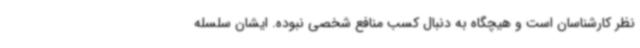
نظر کارشناسان است و هیچگاه به دنبال کسب منافع شخصی نبوده. ایشان سلسله